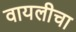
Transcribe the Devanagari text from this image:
वायलीचा